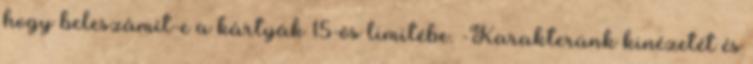
hogy beleszámít-e a kártyák 15-ös limitébe. -Karakterünk kinézetét és